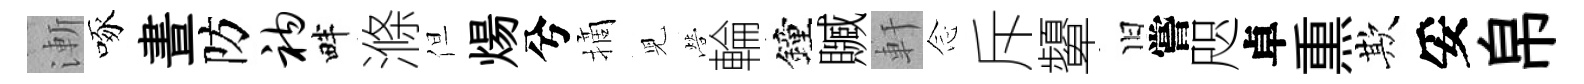
漸啄晝防衲畔滌但煬兮摘児營輪鐘贓軒𫝹斥顰旧嘗咫卓𤋱欺妥帛